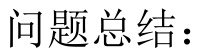
问题总结：